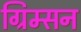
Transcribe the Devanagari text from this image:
ग्रिम्सन